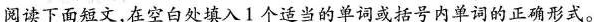
阅读下面短文,在空白处填入1个适当的单词或括号内单词的正确形式。